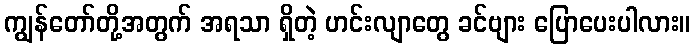
ကျွန်တော်တို့အတွက် အရသာ ရှိတဲ့ ဟင်းလျာတွေ ခင်ဗျား ပြောပေးပါလား။